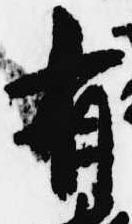
有